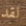
لقد